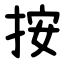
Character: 按